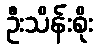
ဦးသိန်းစိုး